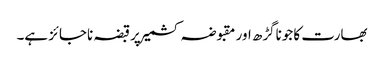
بھارت کا جوناگڑھ اور مقبوضہ کشمیر پرقبضہ ناجائز ہے۔